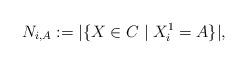
LaTeX: \begin{align*} N_{i,A}:=|\{ X \in C \mid X_i^1 =A\}|,\end{align*}